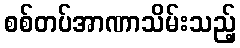
စစ်တပ်အာဏာသိမ်းသည့်